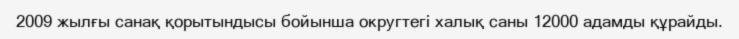
2009 жылғы санақ қорытындысы бойынша округтегі халық саны 12000 адамды құрайды.